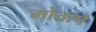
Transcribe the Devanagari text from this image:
मोतापे